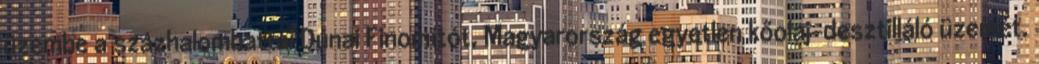
üzembe a százhalombattai Dunai Finomítót, Magyarország egyetlen kőolaj-desztilláló üzemét.